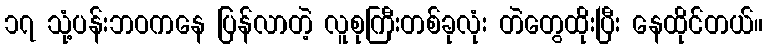
၁၇ သုံ့ပန်းဘဝကနေ ပြန်လာတဲ့ လူစုကြီးတစ်ခုလုံး တဲတွေထိုးပြီး နေထိုင်တယ်။